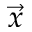
\vec { x }